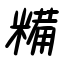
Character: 糒